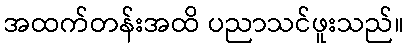
အထက်တန်းအထိ ပညာသင်ဖူးသည်။